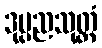
ဒုပ္ပညသုတ္တံ